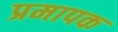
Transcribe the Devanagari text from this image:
प्रमापक